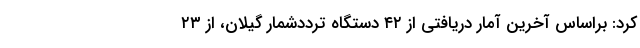
کرد: براساس آخرین آمار دریافتی از ۴۲ دستگاه ترددشمار گیلان، از ۲۳